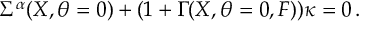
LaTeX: \Sigma ^ { \alpha } ( X , \theta = 0 ) + ( 1 + \Gamma ( X , \theta = 0 , F ) ) \kappa = 0 \, .